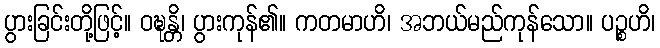
ပွားခြင်းတို့ဖြင့်။ ဝဍ္ဎန္တိ၊ ပွားကုန်၏။ ကတမာဟိ၊ အဘယ်မည်ကုန်သော။ ပဉ္စဟိ၊